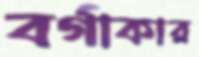
বর্গাকার